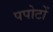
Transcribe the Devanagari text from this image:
पपोटों